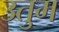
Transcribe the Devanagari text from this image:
उतुम